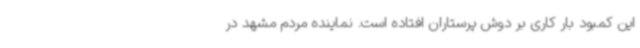
این کمبود بار کاری بر دوش پرستاران افتاده است. نماینده مردم مشهد در